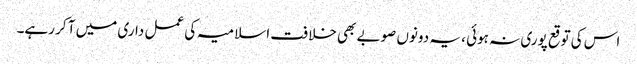
اس کی توقع پوری نہ ہوئی ، یہ دونوں صوبے بھی خلافت اسلامیہ کی عمل داری میں آ کر رہے۔